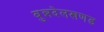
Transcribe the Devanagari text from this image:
बुन्नदेलखणड